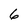
Character: 6